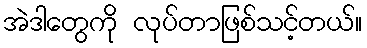
အဲဒါတွေကို လုပ်တာဖြစ်သင့်တယ်။